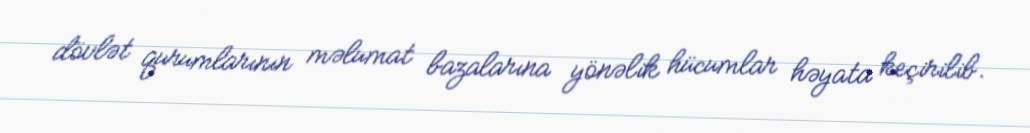
dövlət qurumlarının məlumat bazalarına yönəlik hücumlar həyata keçirilib.